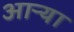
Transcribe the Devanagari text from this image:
आऱ्या